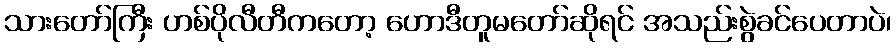
သားတော်ကြီး ဟစ်ပိုလီတီကတော့ ဟောဒီတူမတော်ဆိုရင် အသည်းစွဲခင်ပေတာပဲ၊